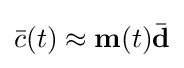
{\bar {c}}(t)\approx {\textbf {m}}(t){\bar {\mathbf {d} }}